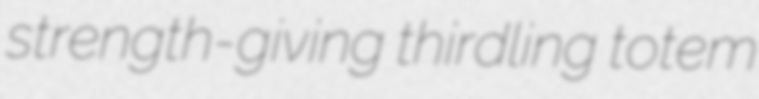
strength-giving thirdling totem